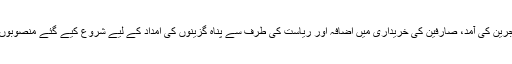
اس کی وجہ مہاجرین کی آمد، صارفین کی خریداری میں اضافہ اور ریاست کی طرف سے پناہ گزینوں کی امداد کے لیے شروع کیے گئے منصوبوں کو بتایا گیا ہے۔